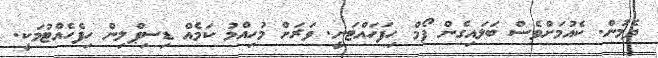
ދެމުން. ކެއުމަށްވެސް ބަލައިގެން ފޯމް ހިފަހައްޓަނީ. ވަރަށް މުހިއްމު ކަމެއް ޑިސިޕްލިން ހިފެހެއްޓުމަކީ.